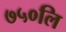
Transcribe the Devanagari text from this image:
७५०लि